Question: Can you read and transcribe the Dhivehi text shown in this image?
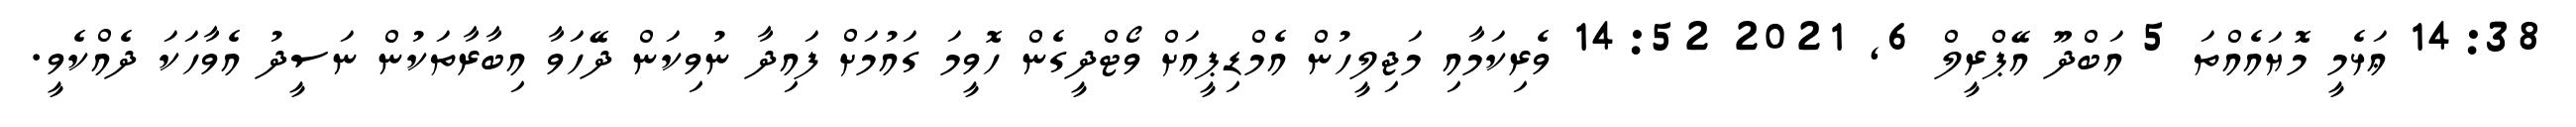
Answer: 14:38 ޢަޅެމީ މޮޔައެއްތަ 5 އަބްދޫ އޭޕްރީލް 6, 2021 14:52 ވެރިކަމާއި މަޖިލީހުން އެމްޑިޕީއަށް ވޯޓްދީގެން ހޮވީމަ ގައުމަށް ފައިދާ ނުވިކަން ދޭހަވާ އިބާރާތަކުން ނަސީދު އެވާހަކަ ދެއްކެވީ.